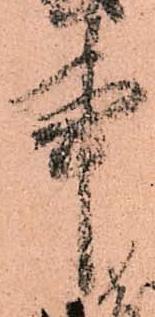
事